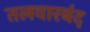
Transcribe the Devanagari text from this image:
तलवारबंद